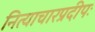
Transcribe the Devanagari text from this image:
नित्याचारप्रदीपः